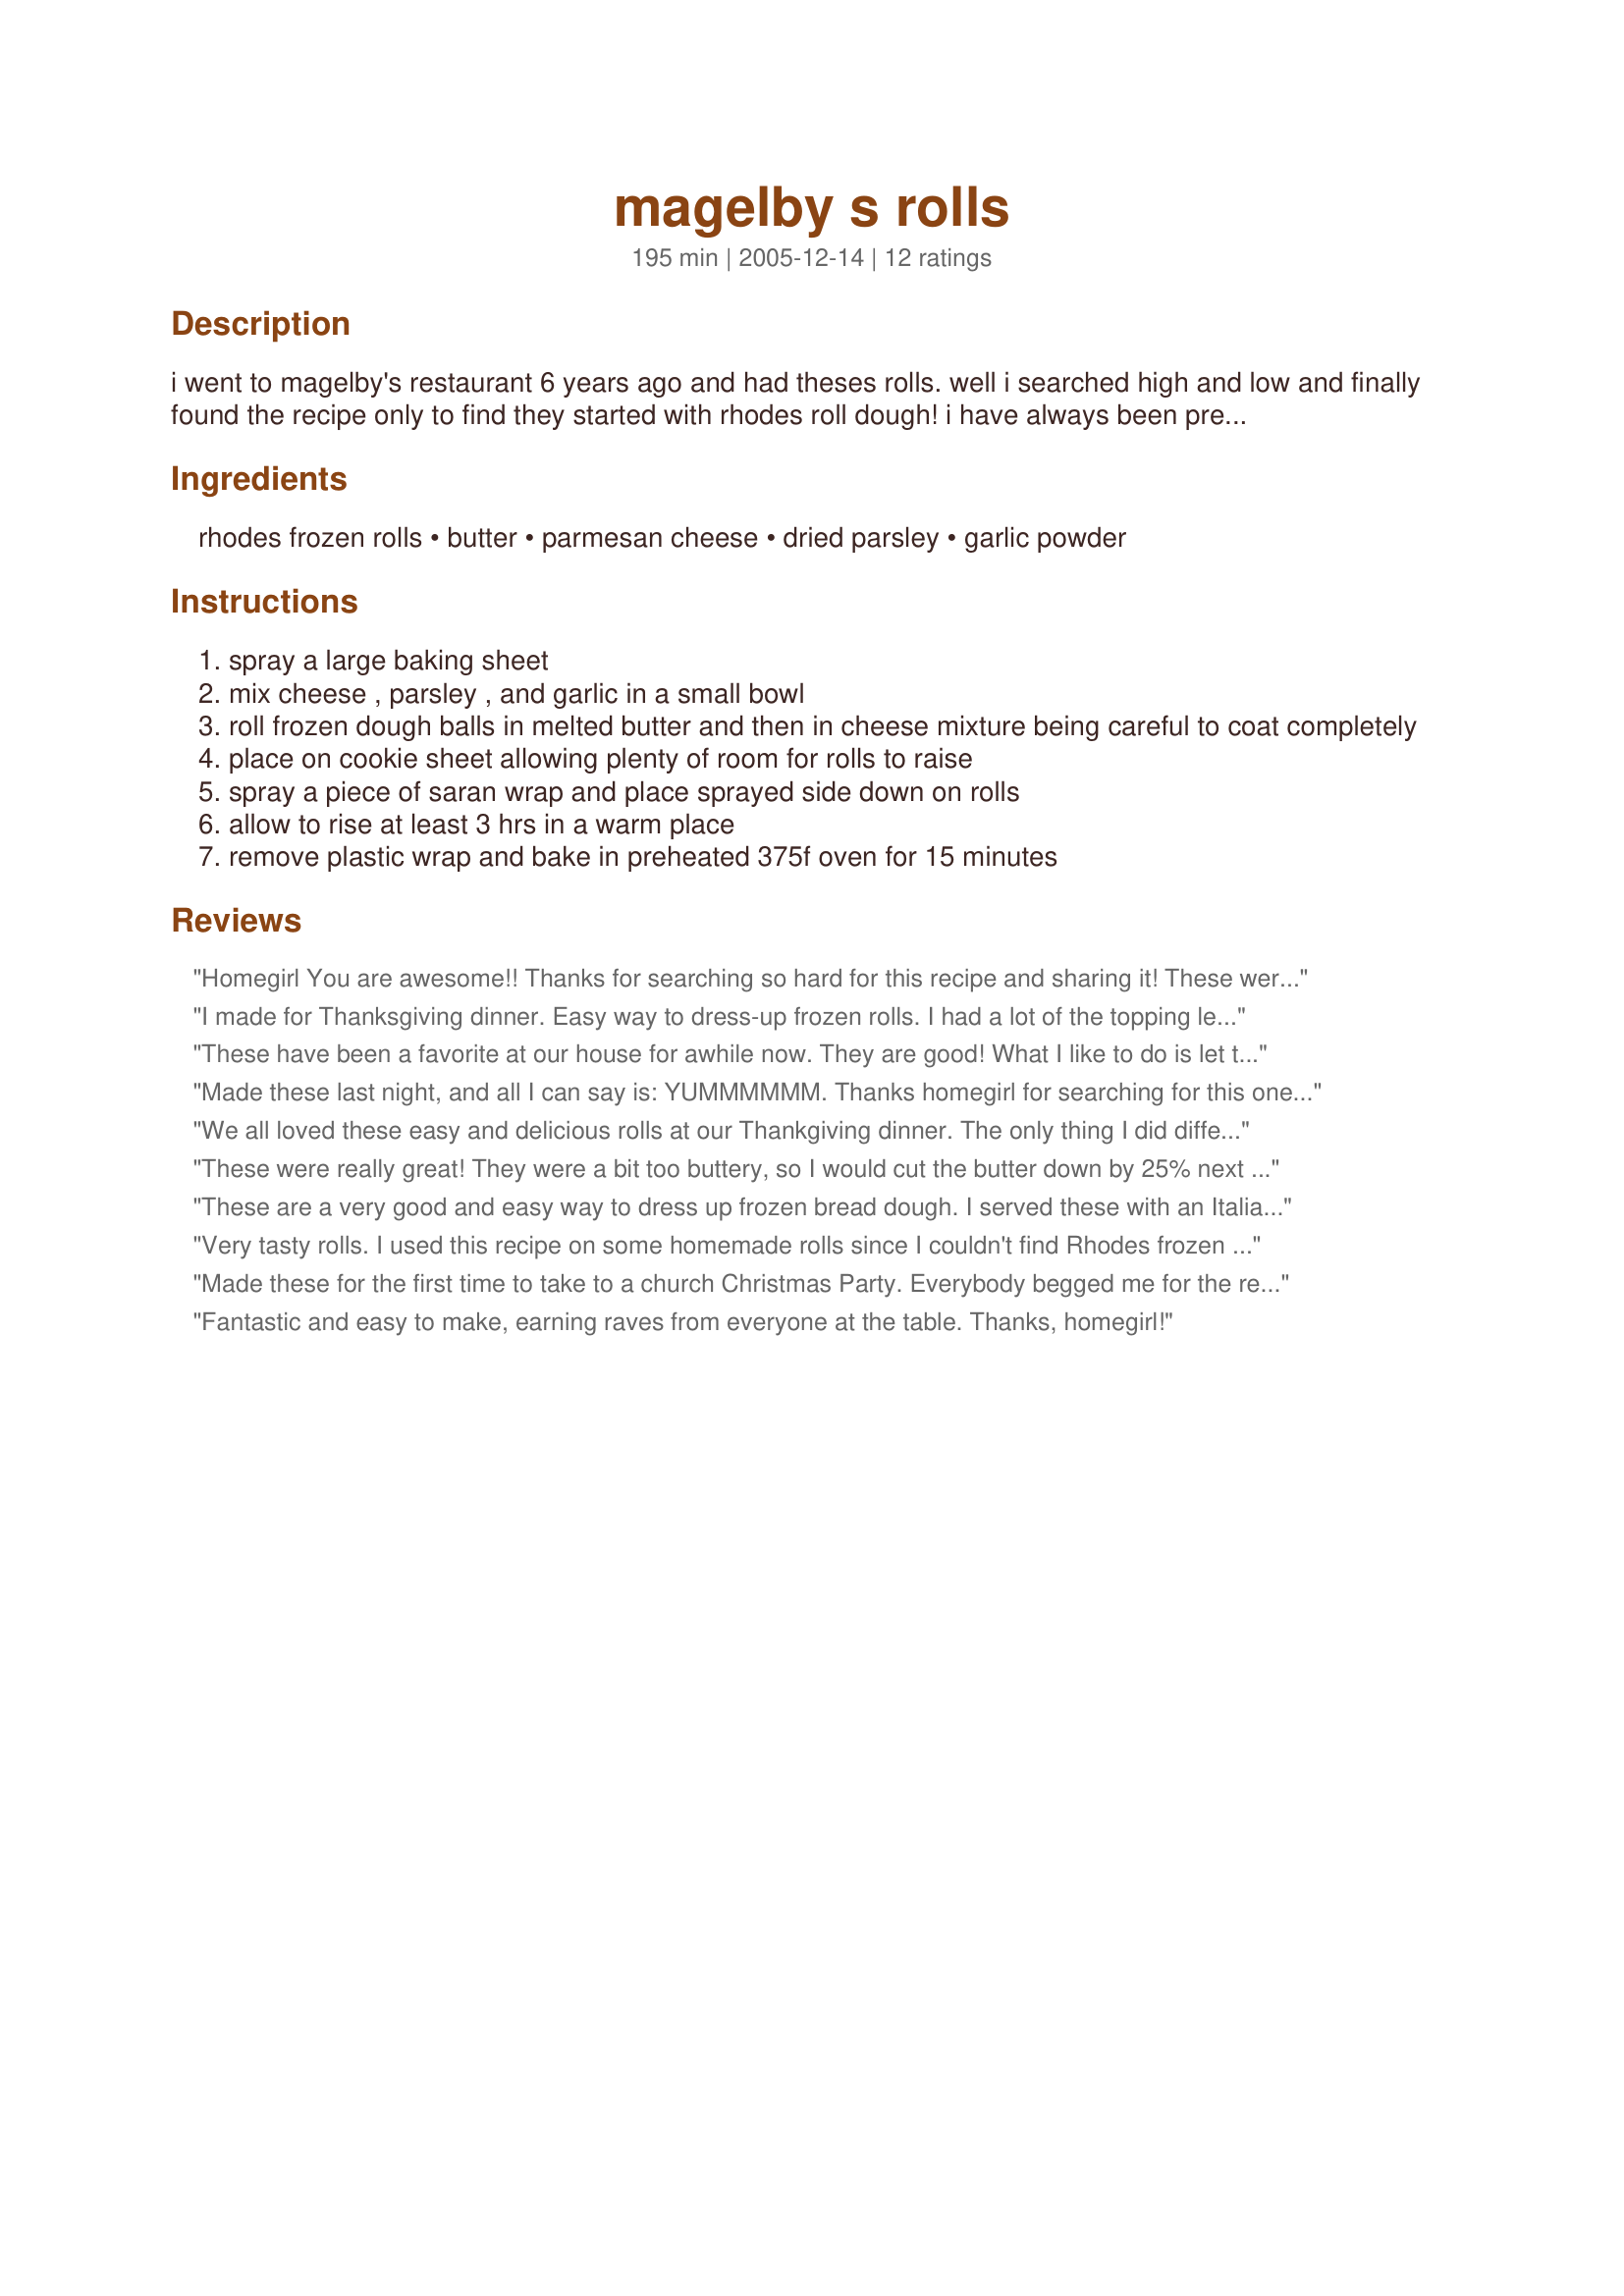
magelby s rolls
Preparation time: 195 minutes

i went to magelby's restaurant 6 years ago and had theses rolls. well i searched high and low and finally found the recipe only to find they started with rhodes roll dough! i have always been pretty fanatic about making my own rolls from scratch but i wanted these so bad--turns out no one can tell they aren't from scratch! you can use fresh or dried parmesan cheese, i believe the restaurant used the dried, but my husband prefers fresh grated--both ways are excellent!

Ingredients:
rhodes frozen rolls, butter, parmesan cheese, dried parsley, garlic powder

Steps:
spray a large baking sheet
mix cheese , parsley , and garlic in a small bowl
roll frozen dough balls in melted butter and then in cheese mixture being careful to coat completely
place on cookie sheet allowing plenty of room for rolls to raise
spray a piece of saran wrap and place sprayed side down on rolls
allow to rise at least 3 hrs in a warm place
remove plastic wrap and bake in preheated 375f oven for 15 minutes

Reviews:
Homegirl You are awesome!! Thanks for searching so hard for this recipe and sharing it! These were amazing. So soft and fluffy and the taste was out of this world good! I ate 5 rolls last night and wish I had room for more! I had 15 rolls fit on my cookie sheet. Cooked at 325 for 20 min. I need to go exercise so I can eat more rolls!!
I made for Thanksgiving dinner. Easy way to dress-up frozen rolls. I had a lot of the topping leftover so will cut the herb and cheese mixture in half. I will also try with fresh grated parmesan next time.
These have been a favorite at our house for awhile now. They are good! What I like to do is let the dough thaw and roll the dough into a short rope, then roll the dough into the butter and the cheese and tie it a knot. That way you have more flavor going on inside the rolls as well.
Made these last night, and all I can say is: YUMMMMMM. Thanks homegirl for searching for this one. Very easy and delish.
We all loved these easy and delicious rolls at our Thankgiving dinner. The only thing I did differently was to put the rolls in 2 cupcake pan (one roll per tin), otherwise I followed the recipe exactly. With only 7 of us and 24 rolls we did have some leftover which I put in a gallon-sized freezer bag and froze. Heated them up on Saturday and they were still delicious!
These were really great! They were a bit too buttery, so I would cut the butter down by 25% next time, but wow, these were a great way to use up some frozen rolls I had hanging around the freezer.
These are a very good and easy way to dress up frozen bread dough. I served these with an Italian Sausage and Spinach Soup and a fresh salad. It was my version of Olive Garden's Soup, Salad, and Bread Sticks. The dinner rolls were well received.
Very tasty rolls. I used this recipe on some homemade rolls since I couldn't find Rhodes frozen rolls anywhere.
Made these for the first time to take to a church Christmas Party. Everybody begged me for the recipe. Will definitely make these again.
Fantastic and easy to make, earning raves from everyone at the table. Thanks, homegirl!
Num num num num num! Made these for our Easter gathering at the farm. What a huge hit! I baked half in a cupcake pan and the other (I have 24) on a large baking sheet at 325 for 20 minutes. The rolls on the sheet spread much larger and had an airier texture, but the ones in the cupcake tins didn&#039;t disappoint either. They were just smaller and a bit denser. We loved both sizes, but my preference was the baking sheet rolls. Thank you!
Outstanding! Next time I will cut in half the amount of butter and parmesan mixture, I had about half leftover. Baked mine on a pizza pan and there was enough room for 17 of these beauties. Will definately be making these again
Thank You homegirl!
